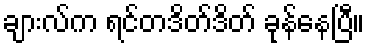
ချားလ်က ရင်တဒိတ်ဒိတ် ခုန်နေပြီ။